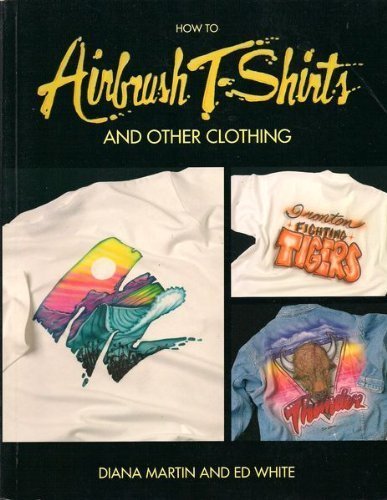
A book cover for How to Airbrush T-Shirts and Other Clothing; Ed White; Arts & Photography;